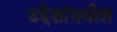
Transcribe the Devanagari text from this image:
उद्देशांमधील